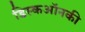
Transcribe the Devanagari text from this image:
डिस्कऑनकी